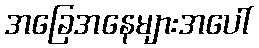
အခြေအနေများအပေါ်